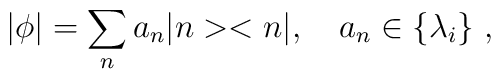
|\phi| = \sum_n a_n |n><n|,  \quad a_n \in \{\lambda_i\} ~ ,